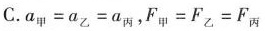
C. $$a _ { 甲 } = a _ { 乙 } = a _ { 丙 }$$，$$F _ { 甲 } = F _ { 乙 } = F _ { 丙 }$$